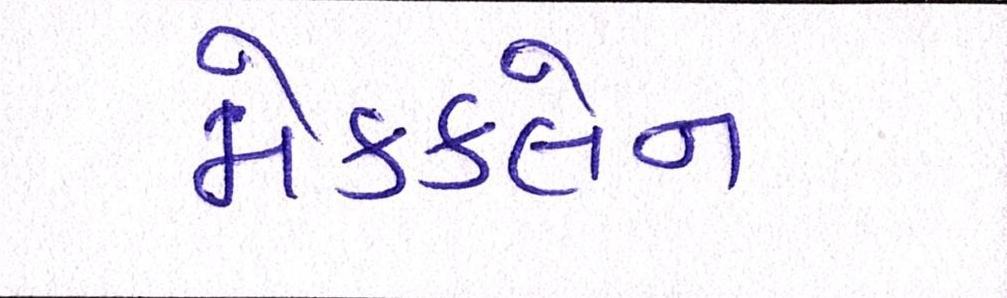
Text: મેકક્લેન